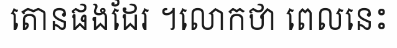
តោនផងដែរ ។លោកថា ពេលនេះ